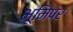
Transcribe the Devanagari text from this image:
भूमिपर